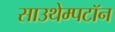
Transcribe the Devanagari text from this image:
साउथेम्पटॉन